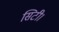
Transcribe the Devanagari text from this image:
सिटी।